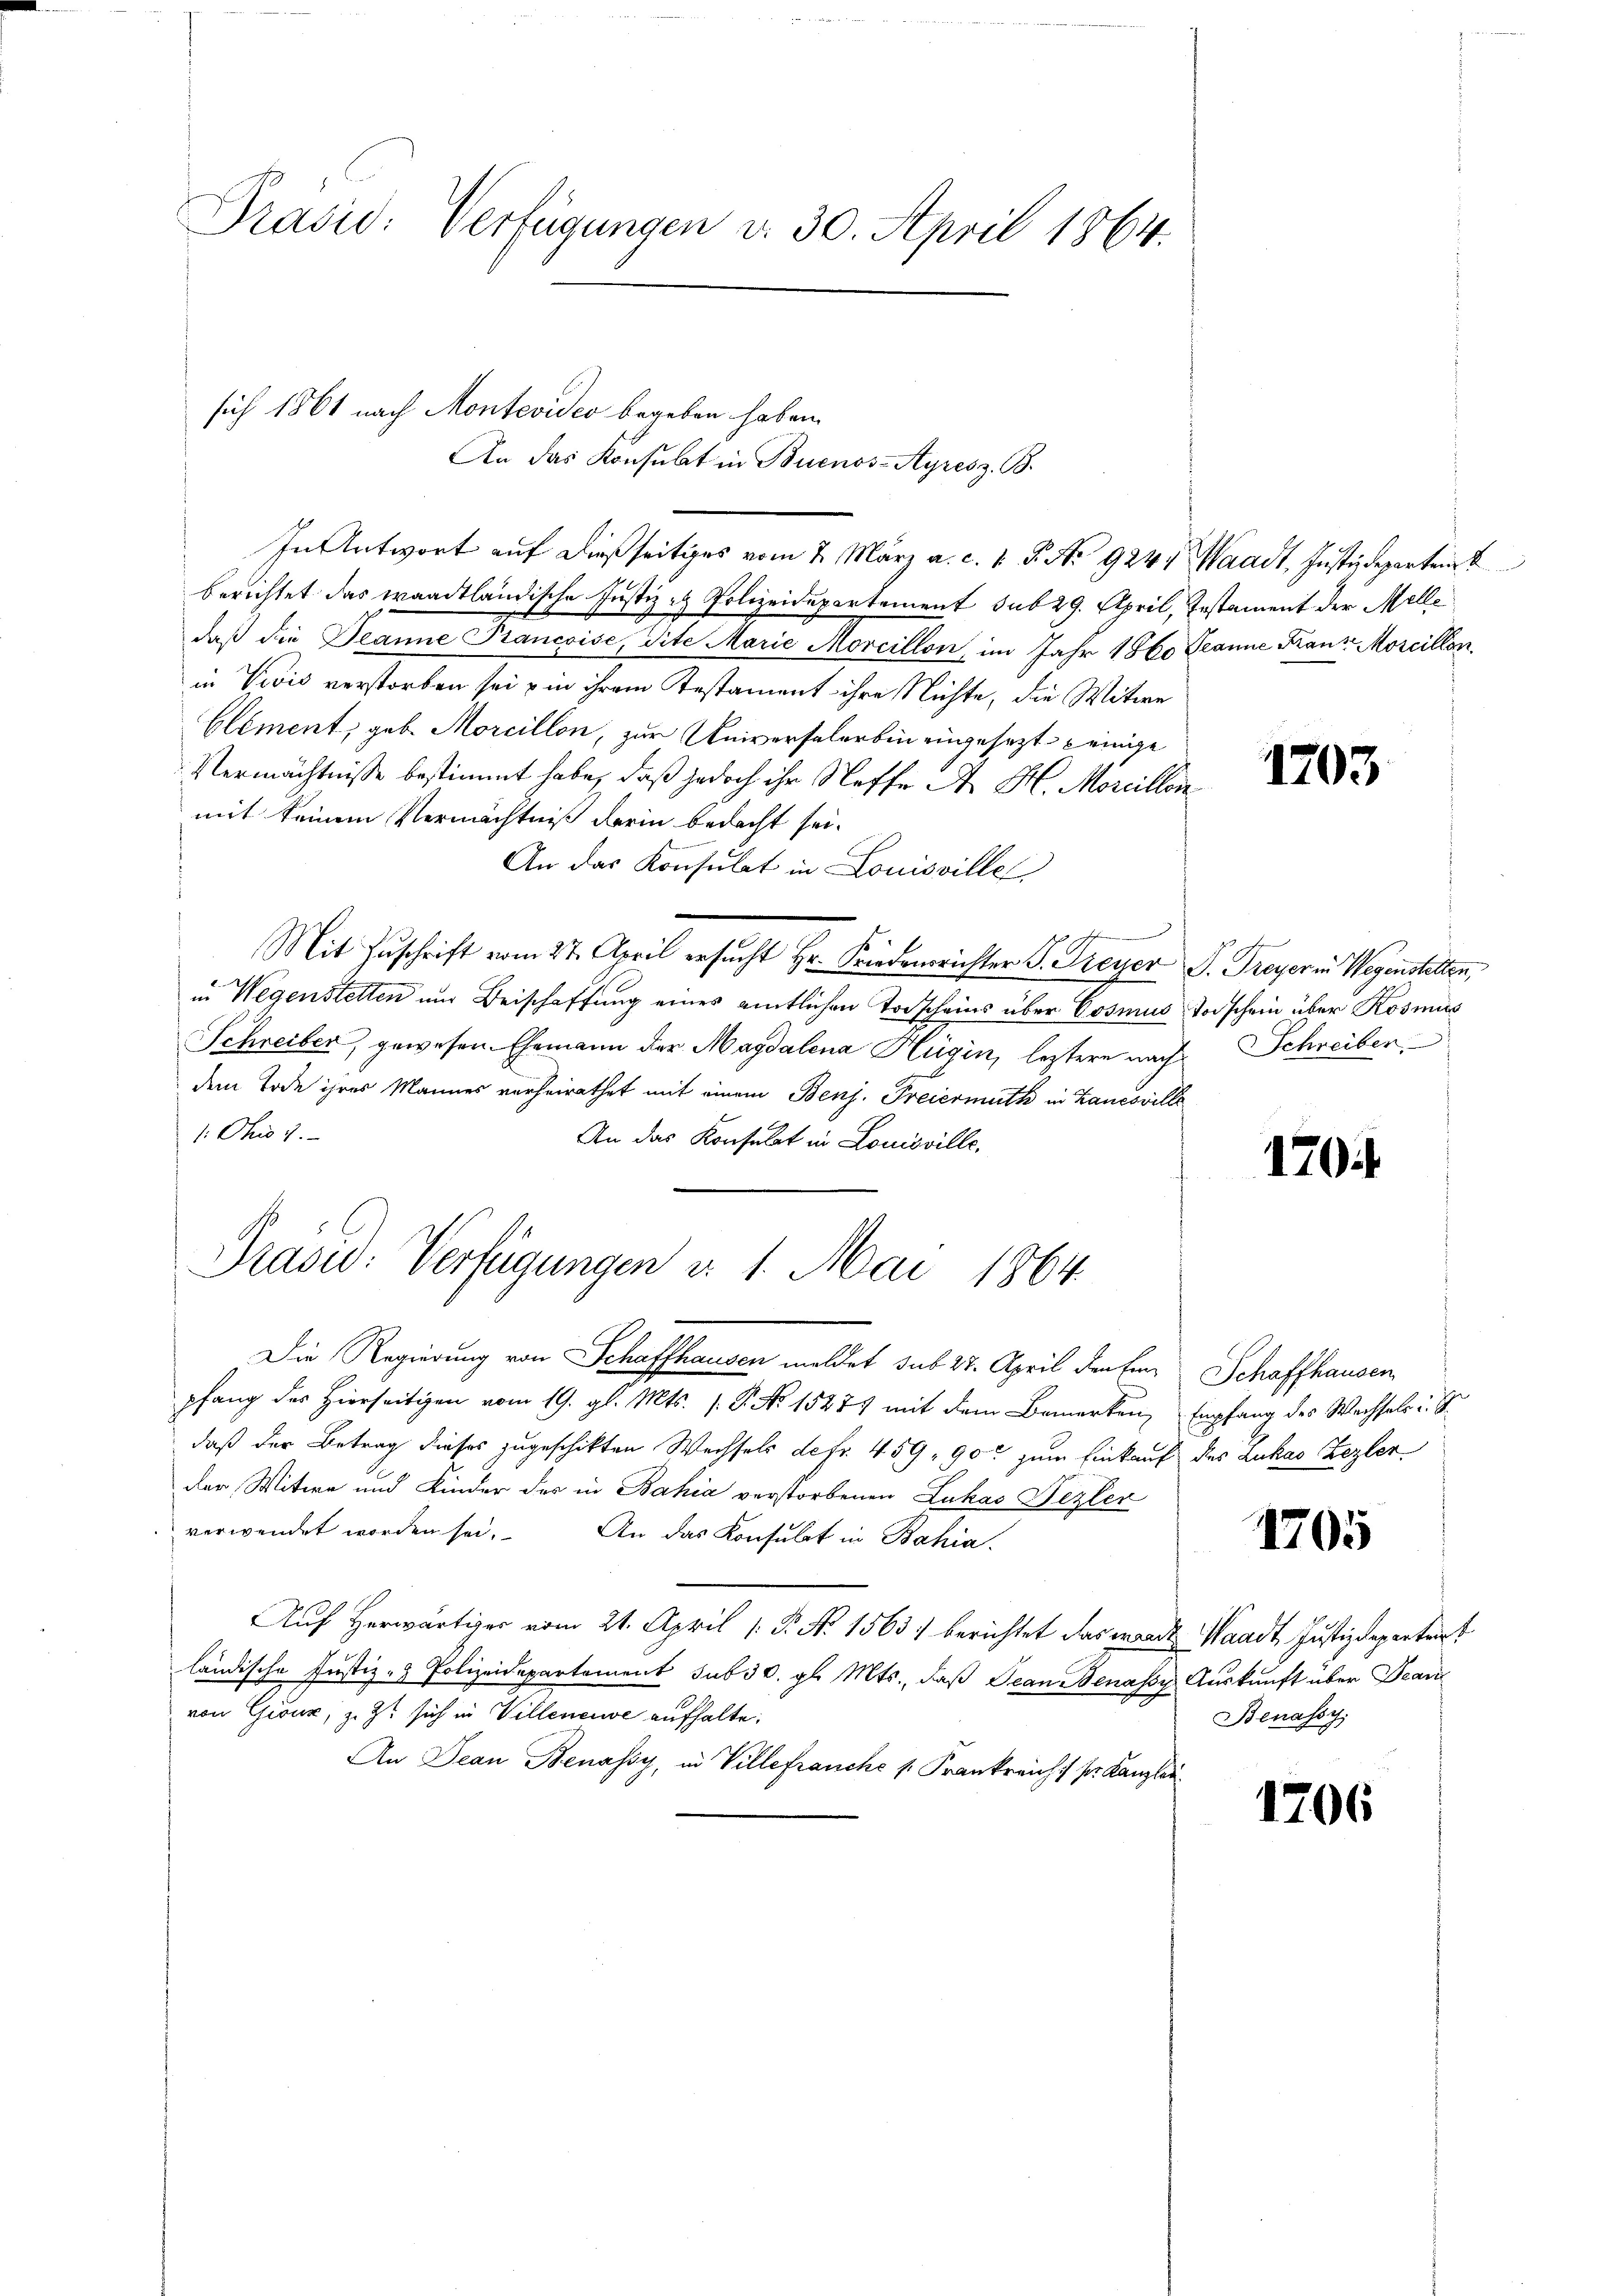
Präsid. Verfügungen v. 30. April 1864.

In Antwort auf dießseitiges vom 2. März a. c. 1 S. No 9244. Waadt, Justizdepartei
berichtet das waadtländische Justiz & Polizeidepartement sub 29. April, Instament der Melle
daβ die Deanne Prancoise, dite Marie Morcillon, im Jahr 1860 Jeanne Franz Morcillon
in Vević verstorben sei in ihrem Testament ihre Nichte, die Witwe
Clement, geb. Morcillon, zur Universalerbin eingesezt einige
Vermächtnisse bestimmt habe, daß jedoch ihr Neffe A. H. Morcillon
mit keinem Vermächtniß derin bedacht sei.
An das Konsulat in Louisville
B
Mit Zuschrift vom 27. April ersucht Hr. Friedensrichter S. Freyer S. Freyer in Wegenstetten,
in Wegenstetten und Beischaffung eines amtlichen Torscheins über Cosmus Vorschein über Rosmis
Schreiber, gewesen Ehemann der Magdalena Hügin, letztere nachdem Tode ihres Mannes vorheirathet mit einem Benj. Freiermuth in Bauesville
1: Ohio 7.
An das Konsulat in Louisville,

sich 1861 nach Montevideo begeben haben.

An das Konsulat in Buenos-Ayres z. B.

Prasid: Verfügungen d. 1. Mai 1864.

Die Regierung von Schaffhausen meldet sub 27. April denken
pfang des Hierseitigen vom 19. gl. Mts. 1. P. No 1527 mit dem Bemerken, Empfang des Wechsels u. S.
daß der Betrag dieses zugeschikten Wechsels detr. 459, 90 zum Einkauf
der Witwe und Kinder des in Bahia verstorbenen Lukas Fezler
verwendet worden sei. An das Konsulat in Bahia,
Auf Herwärtiger vom 21. April [ P. N. 1563) berichtet das worde
ländische Justiz- & Polizeidepartement sub 30. gl. Mts., daß Jean Benassy Auskunft über Deari
von Giour, z. Zt sich in Villeneuve aufhalte;
An Dean Benassy, in Villefranche s. Frankreich sr. Kanzlei

1203

Schreiber

170.

Schaffhausen
des Zukas Lezter

1705

Waadt, Justizdepartert
Benassy,

1706